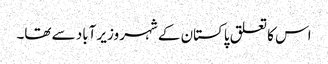
اس کا تعلق پاکستان کے شہر وزیر آباد سے تھا۔